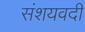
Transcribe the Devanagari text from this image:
संशयवदी